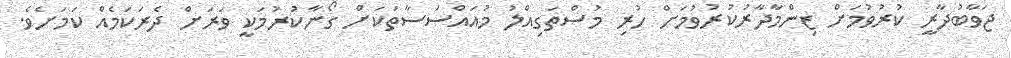
ޖަވާބުދާރީ ކުރުވުމަށް ޒިންމާދާރުކުރުވުމަށް ހުރި މުސްތަގިއްލު މުއައްސަސާތަކަށް ގޯނާކުރުމަކީ ވަރަށް ދެރަކަމެއް ކަމަށެވެ.